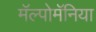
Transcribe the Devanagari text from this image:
मॅल्पोमॅनिया